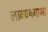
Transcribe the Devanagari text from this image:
लावण्यगाभा